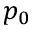
p _ { 0 }